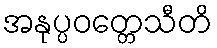
အနုပ္ပဝတ္တေသီတိ